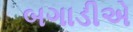
બગાડીએ